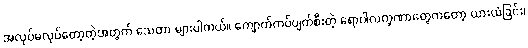
အလုပ်မလုပ်တော့တဲ့အတွက် သေတာ များပါတယ်။ ကျောက်ကပ်ပျက်စီးတဲ့ ရောဂါလက္ခဏာတွေကတော့ ယားယံခြင်း၊